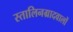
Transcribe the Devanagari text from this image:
स्तालिनग्रादवालों